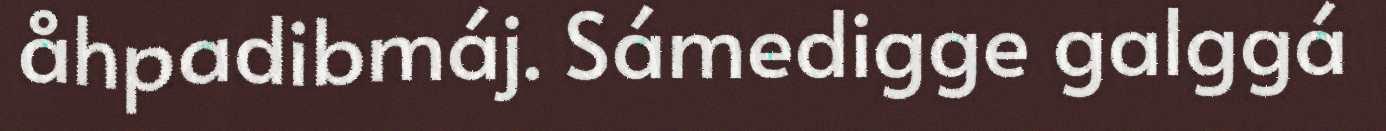
åhpadibmáj. Sámedigge galggá